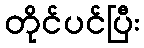
တိုင်ပင်ပြီး